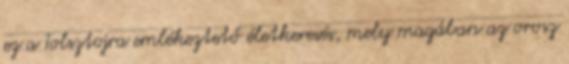
ez a Tolsztojra emlékeztető életkeresés, mely magában az orosz